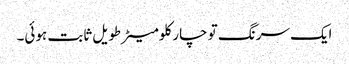
ایک سرنگ تو چار کلومیٹرطویل ثابت ہوئی۔